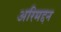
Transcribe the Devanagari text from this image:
अरिमद्दन